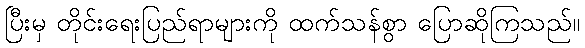
ပြီးမှ တိုင်းရေးပြည်ရာများကို ထက်သန်စွာ ပြောဆိုကြသည်။